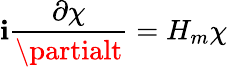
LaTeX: \mathbf{i}\frac{{\partial\chi}}{{\partialt}}=H_{m}\chi